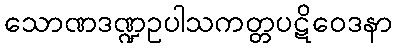
သောဏဒဏ္ဍဥပါသကတ္တပဋိဝေဒနာ